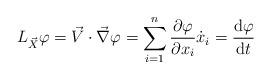
LaTeX: \begin{align*} L_{\vec{X}} \varphi = \vec{V} \cdot \vec{\nabla} \varphi = \sum_{i=1}^n{\displaystyle \frac{\partial \varphi}{\partial x_i} \dot{x}_i} = \frac{{\rm d} \varphi}{{\rm d}t}\end{align*}